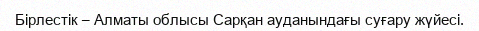
Бірлестiк – Алматы облысы Сарқан ауданындағы суғару жүйесі.